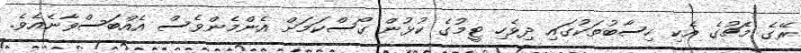
ރޭގެ މެޗުގެ އެކި ހިސާބުތަކުގައި ދިވެހި ޓީމުގެ ކުޅުން ގޯސްކަމަށް އެންމެންވެސް އެއްބަސްވާނެއެވެ.